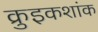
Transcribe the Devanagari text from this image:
क्रुइकशांक